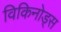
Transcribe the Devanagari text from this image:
विकिनोड्स